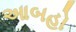
આબહો